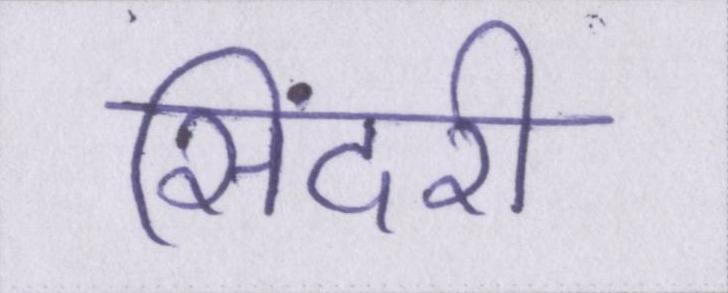
सिंदरी